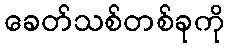
ခေတ်သစ်တစ်ခုကို